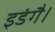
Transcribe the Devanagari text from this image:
इडंगै।